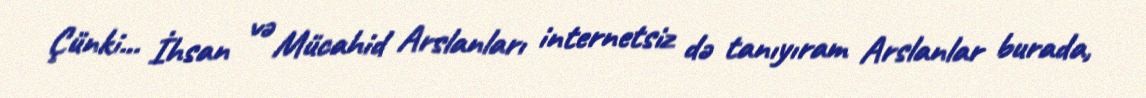
Çünki... İhsan və Mücahid Arslanları internetsiz də tanıyıram Arslanlar burada,